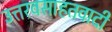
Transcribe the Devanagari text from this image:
उत्तरवसाहतवादी